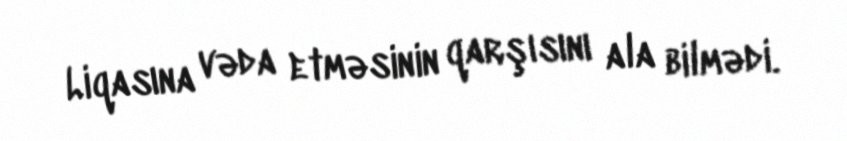
Liqasına vəda etməsinin qarşısını ala bilmədi.